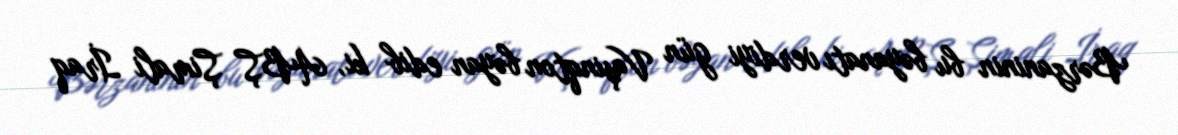
Bərzaninin bu bəyanatı verdiyi gün Vaşinqton bəyan edib ki, ABŞ Şimali İraq